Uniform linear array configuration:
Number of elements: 64
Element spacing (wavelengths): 0.5
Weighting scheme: hamming
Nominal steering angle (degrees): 30
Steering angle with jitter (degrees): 28.426
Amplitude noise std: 0.05
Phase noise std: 0.05

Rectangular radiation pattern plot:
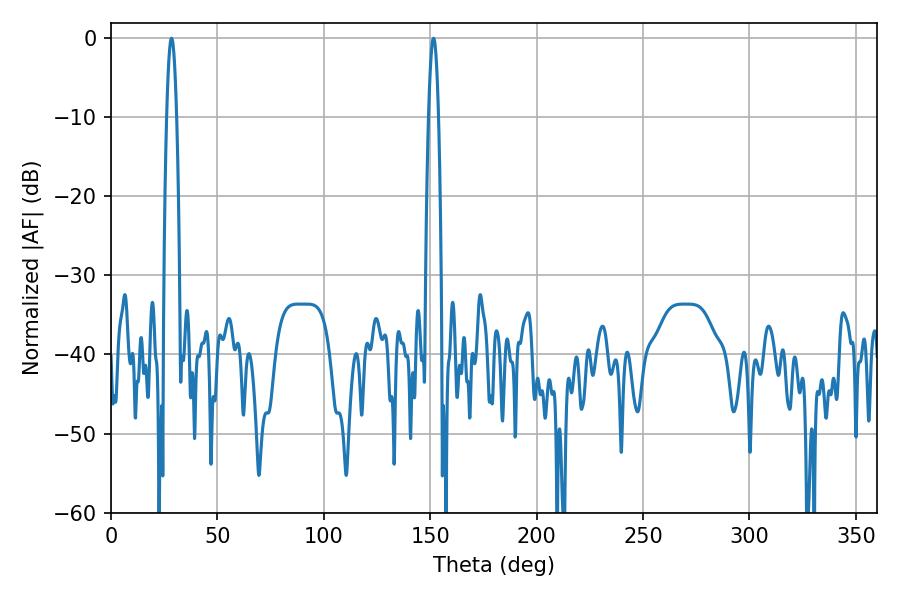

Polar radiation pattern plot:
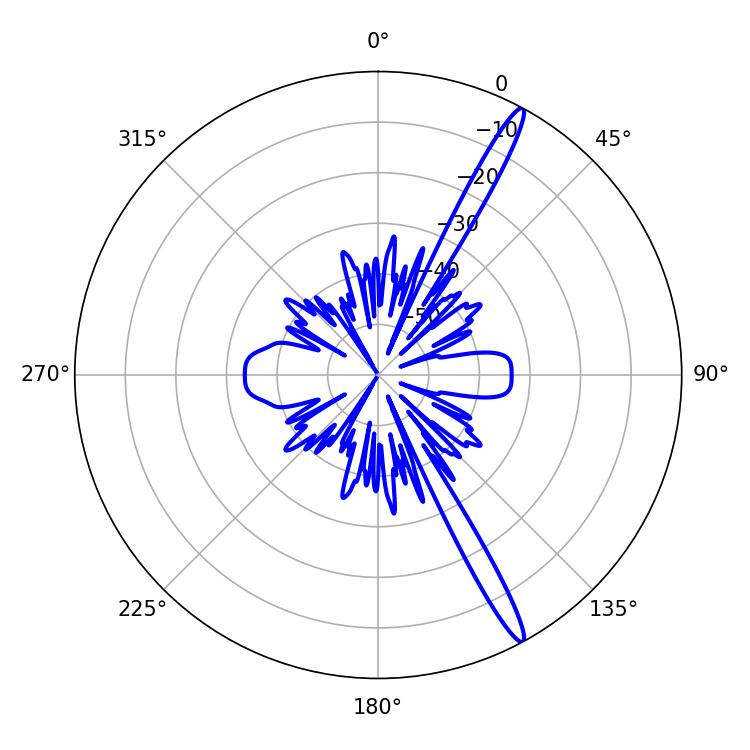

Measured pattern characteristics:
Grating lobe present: FALSE
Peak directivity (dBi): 16.321
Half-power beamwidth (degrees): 2.52
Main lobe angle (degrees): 28.44